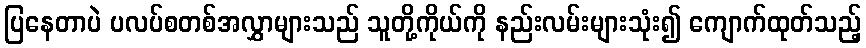
ပြနေတာပဲ ပလပ်စတစ်အလွှာများသည် သူတို့ကိုယ်ကို နည်းလမ်းများသုံး၍ ကျောက်ထုတ်သည့်